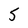
Character: 5